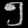
Digit: ၅